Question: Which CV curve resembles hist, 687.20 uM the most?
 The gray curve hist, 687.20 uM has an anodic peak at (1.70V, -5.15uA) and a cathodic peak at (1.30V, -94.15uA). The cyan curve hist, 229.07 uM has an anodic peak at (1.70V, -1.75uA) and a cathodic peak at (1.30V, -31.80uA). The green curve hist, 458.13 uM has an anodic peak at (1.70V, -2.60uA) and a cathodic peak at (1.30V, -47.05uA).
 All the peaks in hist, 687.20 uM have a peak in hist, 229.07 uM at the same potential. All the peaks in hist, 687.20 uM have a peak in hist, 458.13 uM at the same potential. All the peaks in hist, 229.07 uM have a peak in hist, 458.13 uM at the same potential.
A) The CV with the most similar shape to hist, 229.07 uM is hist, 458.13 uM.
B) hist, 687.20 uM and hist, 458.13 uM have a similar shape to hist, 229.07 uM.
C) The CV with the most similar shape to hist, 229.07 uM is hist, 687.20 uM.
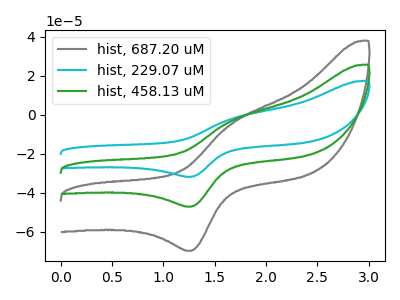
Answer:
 <answer>B) "hist, 687.20 uM" and "hist, 458.13 uM" have a similar shape to "hist, 229.07 uM".</answer>
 <eval>B</eval>